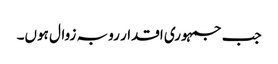
جب جمہوری اقدار رو بہ زوال ہوں۔